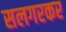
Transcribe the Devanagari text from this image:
सलगरकर